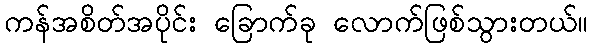
ကန်အစိတ်အပိုင်း ခြောက်ခု လောက်ဖြစ်သွားတယ်။